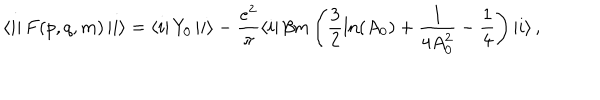
LaTeX: \left\langle i \right| F ( p , q , m ) \left| i \right\rangle = \left\langle i \right| Y _ { 0 } \left| i \right\rangle - \frac { e ^ { 2 } } { \pi } \left\langle i \right| \beta m \left( \frac 3 2 \ln ( A _ { 0 } ) + \frac 1 { 4 A _ { 0 } ^ { 2 } } - \frac 1 4 \right) \left| { i } \right\rangle ,